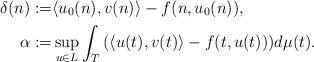
LaTeX: \begin{align*}\delta (n):=&\langle u_{0}(n),v(n)\rangle -f(n,u_{0}(n)),\\\alpha :=&\sup_{u\in L}\int_{T}\left( \langle u(t),v(t)\rangle -f(t,u(t)\right)) d\mu(t).\end{align*}